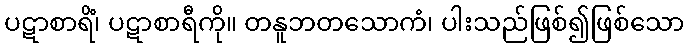
ပဋာစာရိံ၊ ပဋာစာရီကို။ တနူဘတသောကံ၊ ပါးသည်ဖြစ်၍ဖြစ်သော